Indian Civil Veterinary Department memoirs
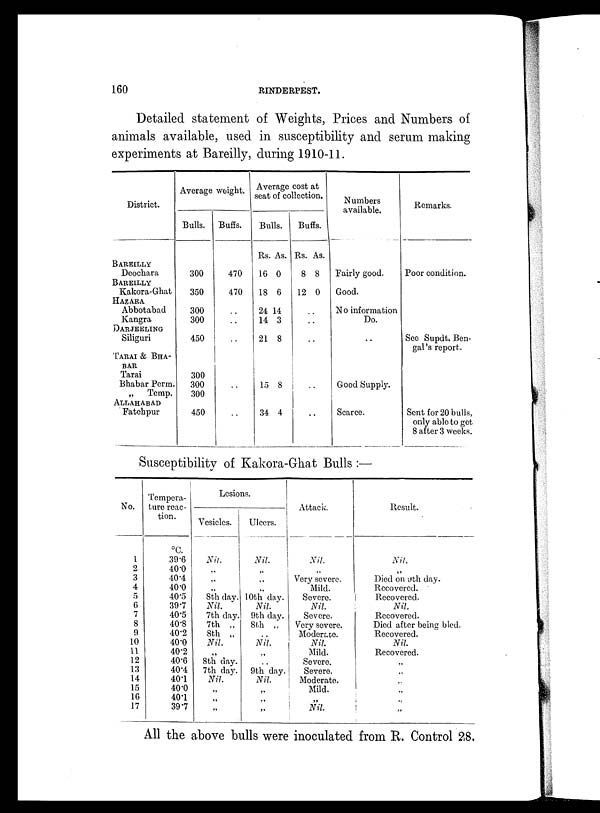
160
RINDERPEST.
Detailed statement of Weights, Prices and Numbers of
animals available, used in susceptibility and serum making
experiments at Bareilly, during 1910-11.
District.
BAREILLY
Deochara
BAREILLY
Kakora-Ghat
HAZARA
Abbotabad
Kangra
DARJEELING
Siliguri
TARAI & BHA-
BAR
Tarai
Bhabar Perm.
„
Temp.
ALLAHABAD
Fatehpur
Average weight.
Bulls.
300
350
300
300
450
300
300
300
450
Buffs.
470
470
..
..
..
Average cost at
seat of collection.
Bulls.
Rs.
16
18
24
14
21
15
34
As.
0
6
14
3
8
8
4
Buffs.
Rs.
8
12
..
..
..
As.
8
0
Numbers
available.
Fairly good.
Good.
No information
Do.
Good Supply.
Scarce.
Remarks.
Poor condition.
See Supdt. Ben-
gal's report.
Sent for 20 bulls,
only able to get
8 after 3 weeks.
Susceptibility of Kakora-Ghat Bulls:—
No.
1
2
3
4
5
6
7
8
9
10
11
12
13
14
15
16
17
Tempera-
ture reac-
tion.
39.6
40.0
40.4
40.0
40.5
39.7
40.5
40.8
40.2
40.0
40.2
40.6
40.4
401
40.0
40.1
39.7
Lesions.
Vesicles.
Nil.
„
„
„
8th day.
Nil.
7th day.
7th „
8th „
Nil.
„
8th day.
7th day.
Nil.
„
„
„
Ulcers.
Nil.
„
„
„
10th day.
Nil.
9th day.
8th „
„
Nil.
„
„
9th day.
Nil.
„
„
„
Attack.
Nil.
„
Very severe.
Mild.
Severe.
Nil.
Severe.
Very severe.
Moderate.
Nil.
Mild.
Severe.
Severe.
Moderate.
Mild.
„
Nil.
Result.
Nil.
„
Died on 9th day.
Recovered.
Recovered.
Nil.
Recovered.
Died after being bled.
Recovered.
Nil.
Recovered.
„
„
„
All the above bulls were inoculated from R. Control 28.